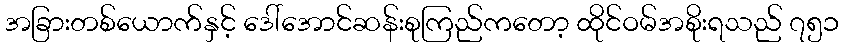
အခြားတစ်ယောက်နှင့် ဒေါ်အောင်ဆန်းစုကြည်ကတော့ ထိုင်ဝမ်အစိုးရသည် ၇၅၁